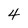
Character: 4